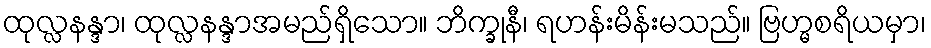
ထုလ္လနန္ဒာ၊ ထုလ္လနန္ဒာအမည်ရှိသော။ ဘိက္ခုနီ၊ ရဟန်းမိန်းမသည်။ ဗြဟ္မစရိယမှာ၊